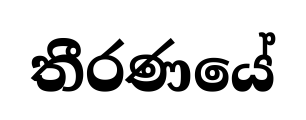
තීරණයේ